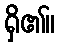
ရှိ၏။